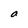
Character: a